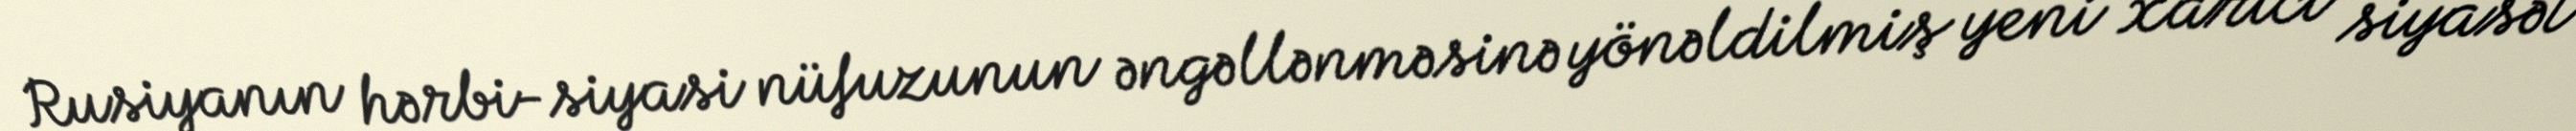
Rusiyanın hərbi-siyasi nüfuzunun əngəllənməsinə yönəldilmiş yeni xarici siyasət